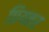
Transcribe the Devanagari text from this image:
छियत्तर